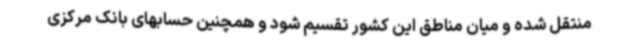
منتقل شده و میان مناطق این کشور تقسیم شود و همچنین حسابهای بانک مرکزی